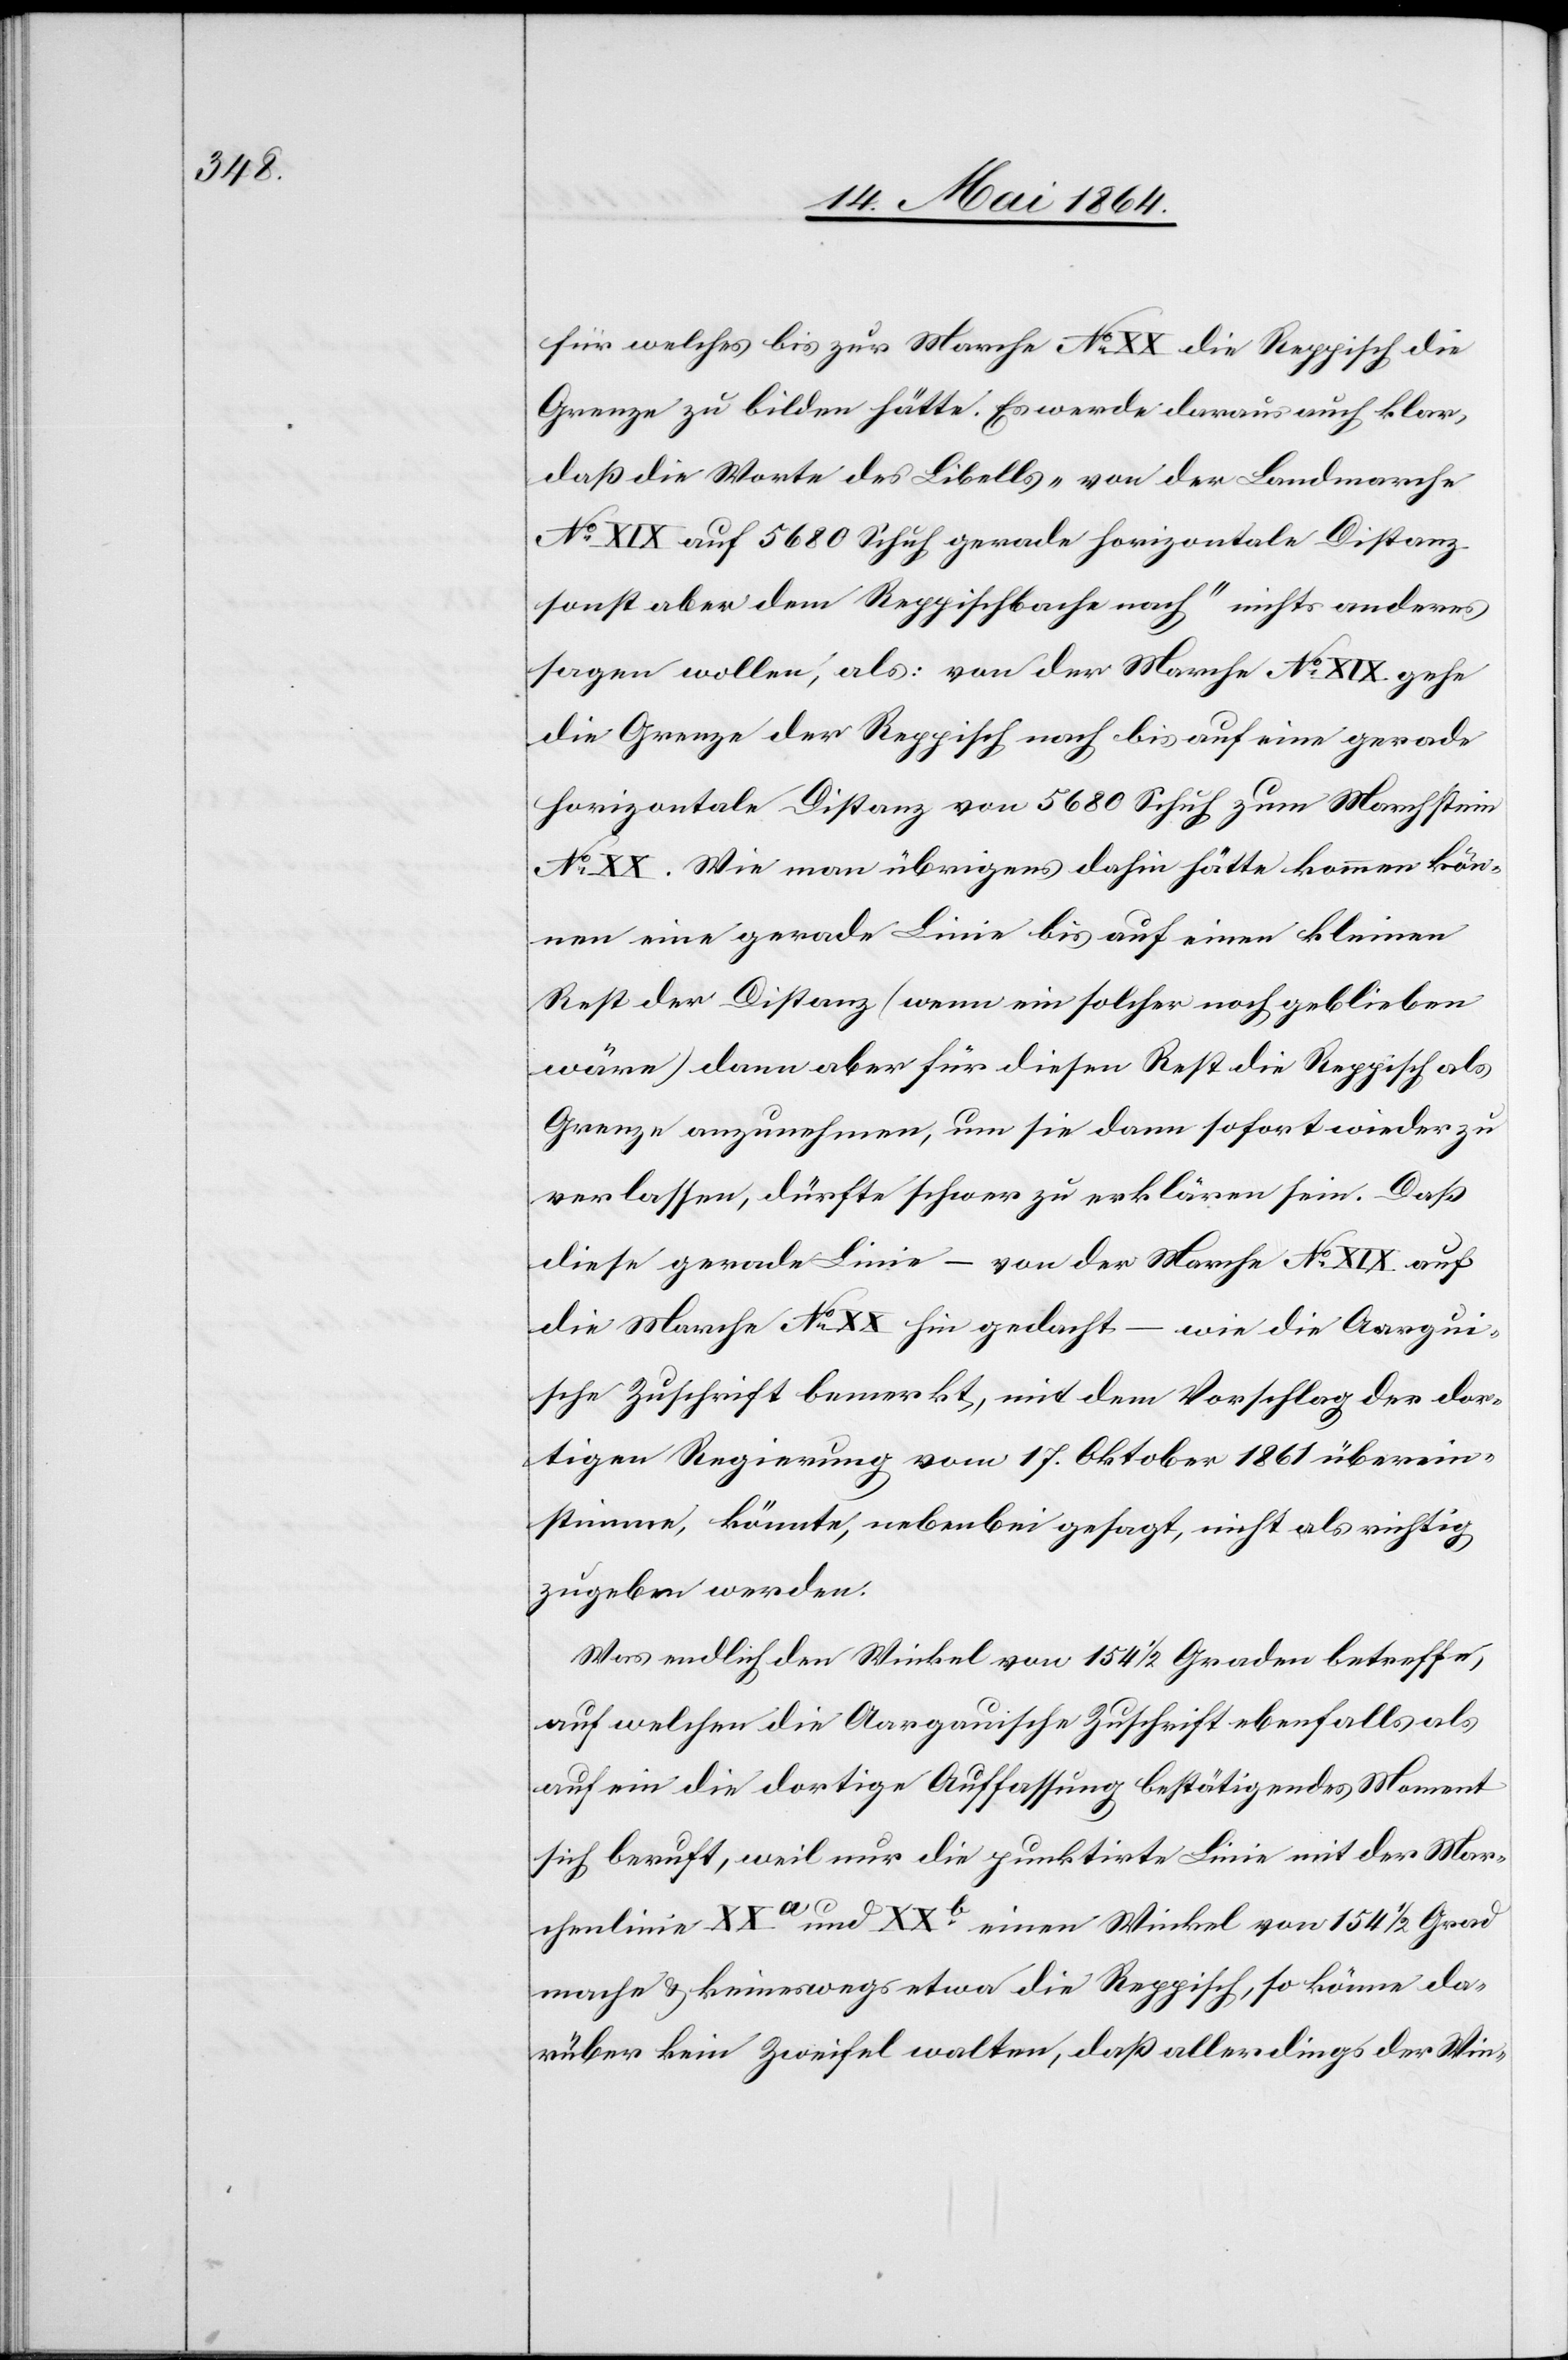
für welches bis zur Marche No XX die Reppisch die
Grenze zu bilden hätte. Es werde daraus auch klar,
daß die Worte des Libells „von der Landmarche
No XIX auf 5680 Schuh gerade horizontale Distanz
sonst aber dem Reppischbache nach“ nichts anderes
sagen wollen, als: von der Marche No XIX gehe
die Grenze der Reppisch nach bis auf eine gerade
horizontale Distanz von 5680 Schuh zum Marchstein
No XX. Wie man übrigens dahin hätte kommen kön¬
nen eine gerade Linie bis auf einen kleinen
Rest der Distanz (wenn ein solcher noch geblieben
wäre) dann aber für diesen Rest die Reppisch als
Grenze anzunehmen, um sie dann sofort wieder zu
verlassen, dürfte schwer zu erklären sein. Daß
diese gerade Linie – von der Marche No XIX auf
die Marche No XX hin gedacht – wie die Aargaui¬
sche Zuschrift bemerkt, mit dem Vorschlag der dor¬
tigen Regierung vom 17. Oktober 1861 überein¬
stimme, könnte, nebenbei gesagt, nicht als richtig
zugeben werden.
Was endlich den Winkel von 154 1/2 Graden betreffe,
auf welcher die Aargauische Zuschrift ebenfalls als
auf ein die dortige Auffassung bestätigendes Moment
sich beruft, weil nur die punktirte Linie mit der Mar¬
chenlinie XXa und XXb einen Winkel von 154 1/2 Grad
mache u. keineswegs etwa die Reppisch, so könne da¬
rüber kein Zweifel walten, daß allerdings der Win-